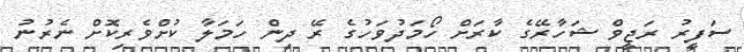
ސަފީރު ރަޖީވް ޝަހާރޭގެ ކާރަށް ހޯމަދުވަހުގެ ރޭ ދިން ހަމަލާ ކުށްވެރިކޮށް ނެރުނު